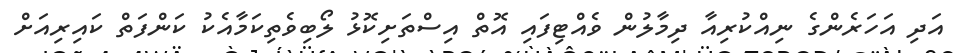
އަދި އަހަރެންގެ ނިއްކުރިއާ ދިމާލުން ވެއްޓިފައި އޮތް އިސްތަށިކޮޅު ލޯބިވެތިކަމާއެކު ކަންފަތް ކައިރިއަށް